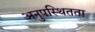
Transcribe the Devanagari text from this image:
अनुपस्थितता